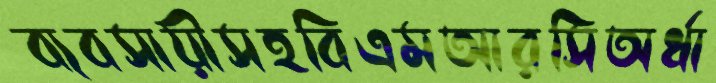
ব্যবসায়ীসহবিএমআরসিঅর্ধা